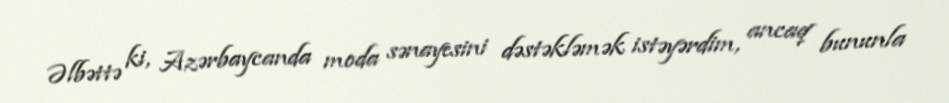
Əlbəttə ki, Azərbaycanda moda sənayesini dəstəkləmək istəyərdim, ancaq bununla